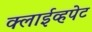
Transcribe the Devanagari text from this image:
क्लाईव्हपेट